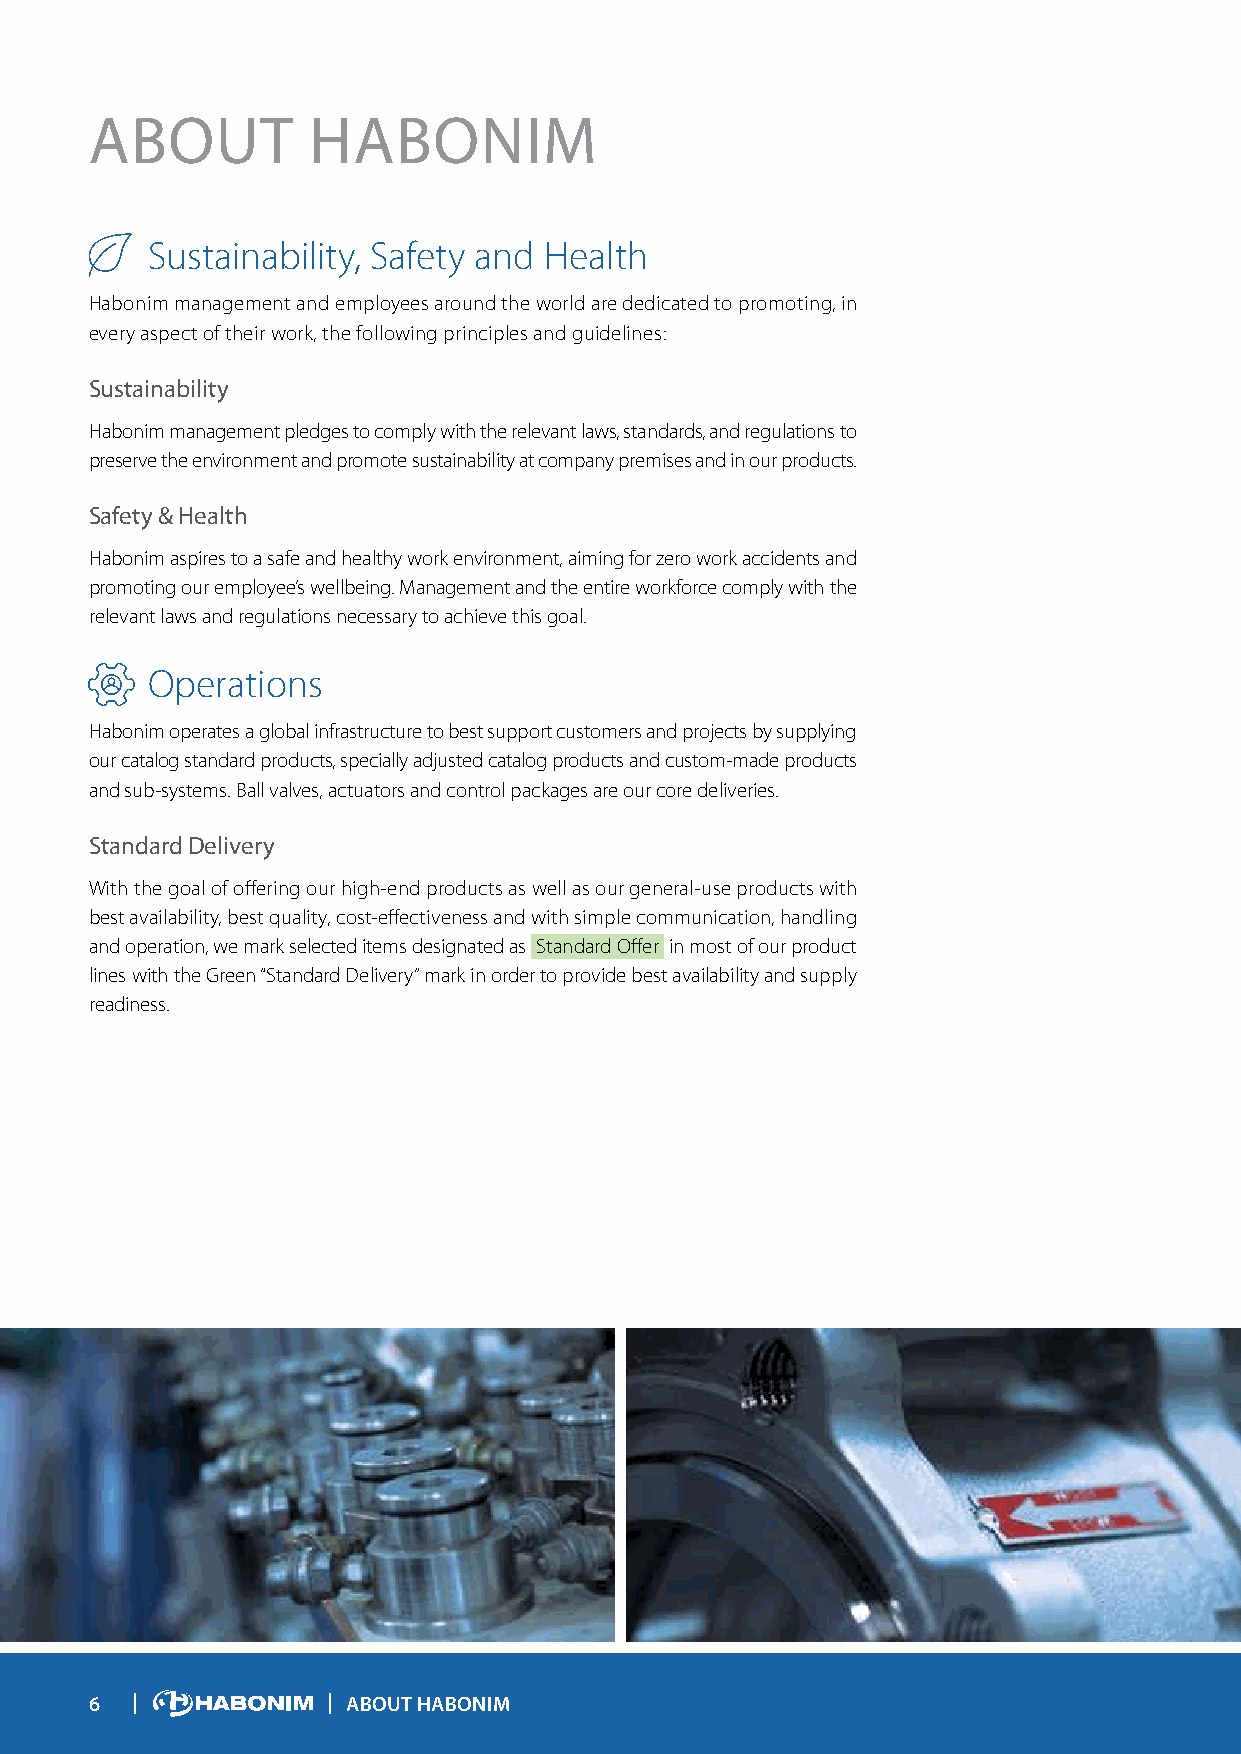
ABOUT         HABONIM
 Sustainability, Safety and Health
 Habonim management and employees around the world are dedicated to promoting, in
 every aspect of their work, the following principles and guidelines:
 Sustainability
 Habonim management pledges to comply with the relevant laws, standards, and regulations to
 preserve the environment and promote sustainability at company premises and in our products.
 Safety & Health
 Habonim aspires to a safe and healthy work environment, aiming for zero work accidents and
 promoting our employee’s wellbeing. Management and the entire workforce comply with the
 relevant laws and regulations necessary to achieve this goal.
 Operations
 Habonim operates a global infrastructure to best support customers and projects by supplying
 our catalog standard products, specially adjusted catalog products and custom-made products
 and sub-systems. Ball valves, actuators and control packages are our core deliveries.
 Standard Delivery
 With the goal of offering our high-end products as well as our general-use products with
 best availability, best quality, cost-effectiveness and with simple communication, handling
 and operation, we mark selected items designated as Standard Offer in most of our product
 lines with the Green “Standard Delivery” mark in order to provide best availability and supply
 readiness.
 6                ABOUT HABONIM